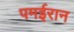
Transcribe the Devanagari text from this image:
पमईरान